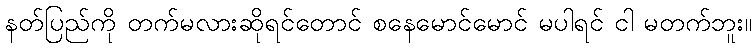
နတ်ပြည်ကို တက်မလားဆိုရင်တောင် စနေမောင်မောင် မပါရင် ငါ မတက်ဘူး။